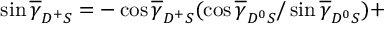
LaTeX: \sin \overline { { \gamma } } _ { D ^ { + } S } = - \cos \overline { { \gamma } } _ { D ^ { + } S } ( \cos \overline { { \gamma } } _ { D ^ { 0 } S } / \sin \overline { { \gamma } } _ { D ^ { 0 } S } ) +